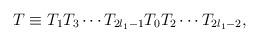
LaTeX: \begin{align*}T\equiv T_1 T_3\cdots T_{2l_1-1}T_0T_2\cdots T_{2l_1-2},\end{align*}